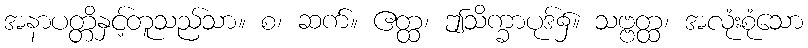
အနာပတ္တိနှင့်တူသည်သာ။ စ၊ ဆက်။ ဧတ္ထ၊ ဤသိက္ခာပုဒ်၌။ သဗ္ဗတ္ထ၊ အလုံးစုံသော